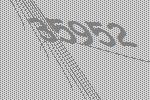
35952